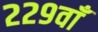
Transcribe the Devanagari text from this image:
२२९वाँ